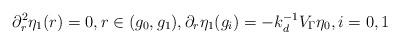
LaTeX: \begin{align*} \partial_r^2\eta_1(r) = 0, r\in(g_0,g_1), \partial_r\eta_1(g_i) = -k_d^{-1}V_\Gamma\eta_0, i=0,1\end{align*}